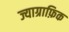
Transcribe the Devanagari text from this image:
ज्याग्राफ़िक